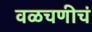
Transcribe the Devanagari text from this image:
वळचणीचं